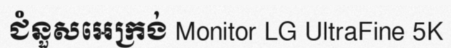
ជំនួសអេក្រង់ Monitor LG UltraFine 5K